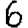
Digit: 6